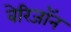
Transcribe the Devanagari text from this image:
वेरिजॉन